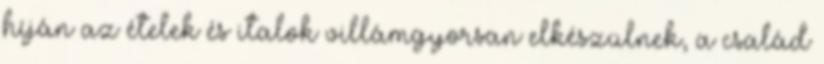
híján az ételek és italok villámgyorsan elkészülnek, a család